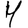
Digit: 4